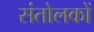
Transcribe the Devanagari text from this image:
संतोलकों